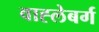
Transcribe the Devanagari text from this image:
वाह्लेबर्ग